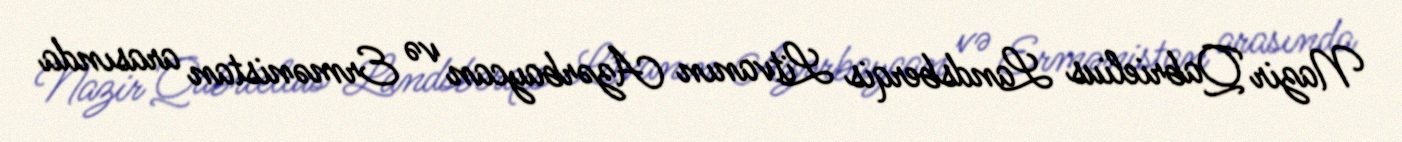
Nazir Qabrielius Landsberqis Litvanın Azərbaycan və Ermənistan arasında